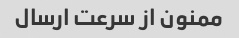
ممنون از سرعت ارسال